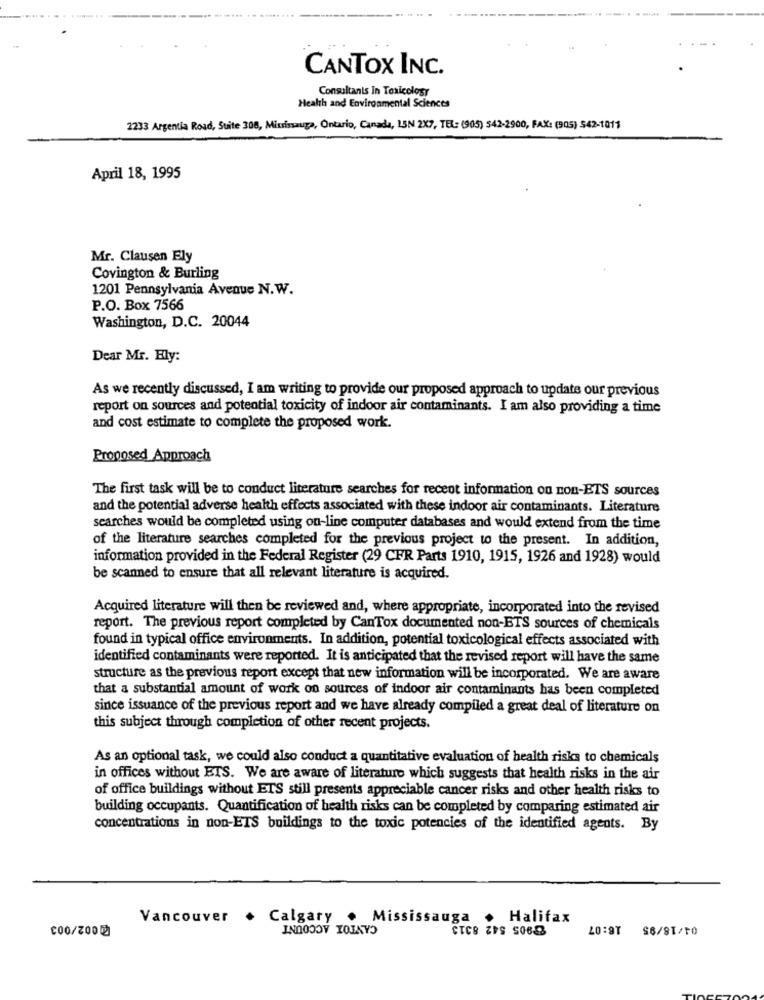
CANTOX INC.
Consultants In Toxicology
Health and Environmental Sciences
2233 Argentia Road, Suite 308, Mississauga, Ontario, Canada, 15N 2X7, TEL: (905) 542-2900, FAX: (905) 542-1011
April 18, 1995
Mr. Clausen Ely
Covington & Burling
1201 Pennsylvania Avenue N.W.
P.O. Box 7566
Washington, D.C. 20044
Dear Mr. Ely:
As we recently discussed, I am writing to provide our proposed approach to update our previous
report on sources and potential toxicity of indoor air contaminants. I am also providing a time
and cost estimate to complete the proposed work.
Proposed Approach
The first task will be to conduct literature searches for receot information on non-ETS sources
and the potential adverse health effects associated with these indoor air contaminants. Literature
searches would be completed using on-line computer databases and would extend from the time
of the literature searches completed for the previous project to the present. In addition,
information provided in the Federal Register (29 CFR Parts 1910, 1915, 1926 and 1928) would
be scanned to ensure that all relevant literature is acquired.
Acquired literature will then be reviewed and, where appropriate, incorporated into the revised
report. The previous report completed by CanTox documented non-ETS sources of chemicals
found in typical office environments. In addition, potential toxicological effects associated with
identified contaminants were reported. It is anticipated that the revised report will have the same
structure as the previous report except that new information will be incorporated. We are aware
that a substantial amount of work on sources of indoor air contaminants has been completed
since issuance of the previous report and we have already compiled a great deal of literature on
this subject through completion of other recent projects.
As an optional task, we could also conduct a quantitative evaluation of health risks to chemicals
in offices without ETS. We are aware of literature which suggests that health risks in the air
of office buildings without ETS still presents appreciable cancer risks and other health risks to
building occupants. Quantification of health risks can be completed by comparing estimated air
concentrations in non-ETS buildings to the toxic potencies of the identified agents. By
Vancouver
. Calgary . Mississauga . Halifax
CANTOX ACCOUNT
8905 542 8313
16:07
$6/81/10